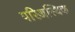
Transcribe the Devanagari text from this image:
परिअस्थिक